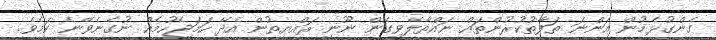
ގެންގުޅެމުން އަންނަ ތަފާތުކުރުންތައް ނައްތާލެވިގެން ނޫނީ ރައްޔިތުން އެދޭ ހަމަޖެހުމެއް ނުގެނެވޭނެ ކަމެވެ.